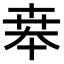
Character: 𠦪